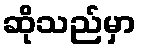
ဆိုသည်မှာ